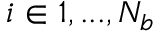
i \in { 1 , . . . , N _ { b } }